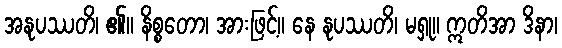
အနုပဿတိ၊ ၏။ နိစ္စတော၊ အားဖြင့်။ နေ နုပဿတိ၊ မရှု။ ဣတိအာ ဒိနာ၊